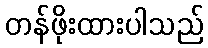
တန်ဖိုးထားပါသည်